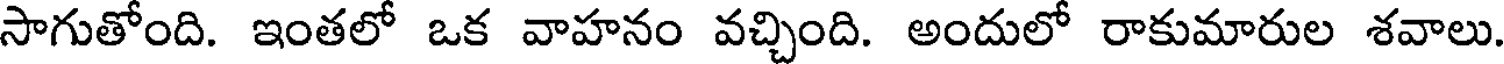
సాగుతోంది. ఇంతలో ఒక వాహనం వచ్చింది. అందులో రాకుమారుల శవాలు.